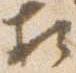
相